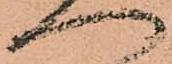
へ